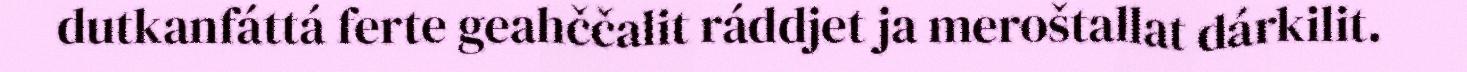
dutkanfáttá ferte geahččalit ráddjet ja meroštallat dárkilit.